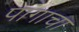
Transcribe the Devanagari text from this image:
पांगाचा